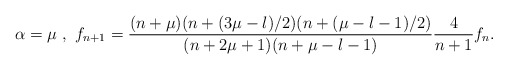
\begin{align*}\alpha = \mu \ ,\ f_{n+1} =\frac{(n+\mu)(n+(3\mu-l)/2)(n+(\mu-l-1)/2)}{(n+2\mu+1)(n+\mu-l-1)} \frac{4}{n+1}f_n.\end{align*}